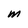
Character: m